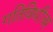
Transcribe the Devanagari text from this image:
गतिविधींवर